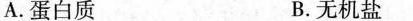
A.蛋白质 B.无机盐